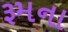
રૂમના